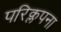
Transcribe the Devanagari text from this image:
परिक्लपना